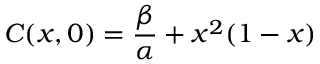
\displaystyle C ( x , 0 ) = \frac { \beta } { \alpha } + x ^ { 2 } ( 1 - x )